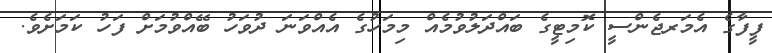
ފީފާގެ އެމަރޖެންސީ ކޮމިޓީގެ ބައްދަލުވުމެއް މިމަހުގެ އެއްވަނަ ދުވަހު ބޭއްވުމަށް ފަހު ކަމަށެވެ.